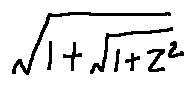
\sqrt { 1 + \sqrt { 1 + z ^ { 2 } } }